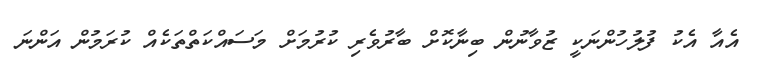
އެއާ އެކު ފުލުހުންނަކީ ޒުވާނުން ބިނާކޮށް ބާރުވެރި ކުރުމަށް މަސައްކަތްތަކެއް ކުރަމުން އަންނަ